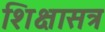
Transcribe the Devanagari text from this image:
शिक्षासत्र